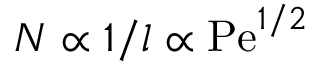
N \propto 1 / l \propto \mathrm { P e } ^ { 1 / 2 }